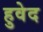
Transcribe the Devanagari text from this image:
हुवेद